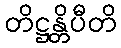
တိဋ္ဌန္တိပီတိ